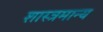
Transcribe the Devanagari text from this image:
शास्त्रमान्य